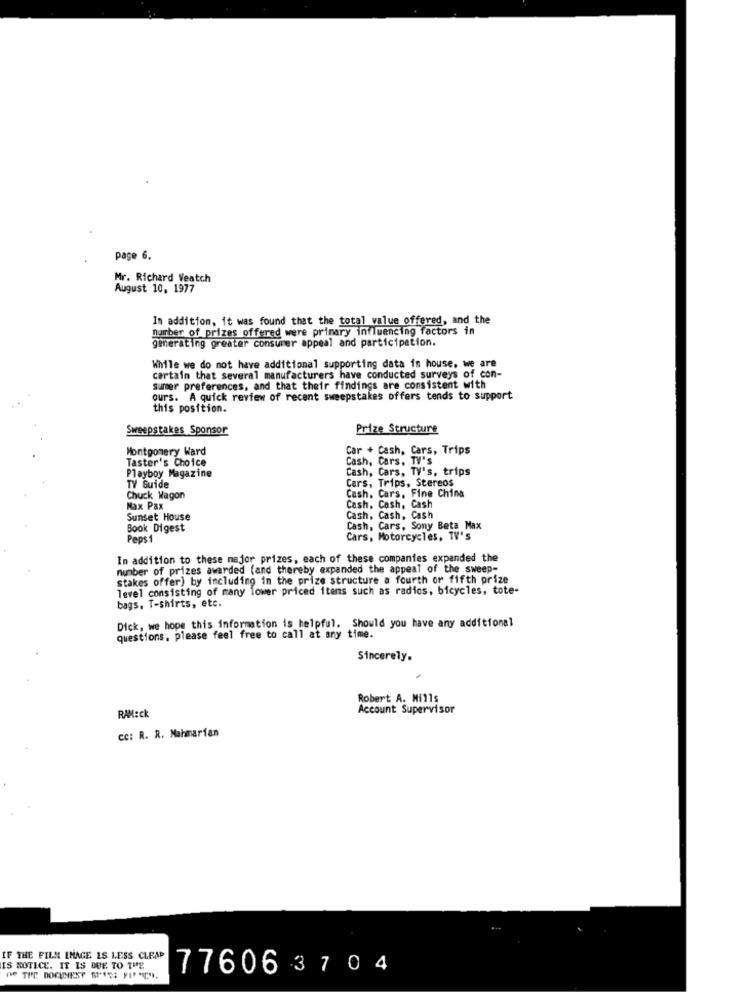
page 6.
Mr. Richard Veatch
August 10, 1977
In addition, it was found that the total value offered, and the
number of prizes offered were primary influencing factors in
generating greater consumer appeal and participation.
While we do not have additional supporting data in house. we are
certain that several manufacturers have conducted surveys of con-
sumer preferences, and that their findings are consistent with
ours. A quick review of recent sweepstakes offers tends to support
this position.
Sweepstakes Sponsor
Prize Structure
Montgomery Ward
Car + Cash, Cars, Trips
Taster's Choice
Cash, Cars, TV's
Cash, Cars, TV's, trips
Playboy Magazine
Cars, Trips, Stereos
TV Guide
Cash, Cars, Fine China
Chuck Wagon
Max Pax
Cash, Cash, Cash
Sunset House
Cash, Cash, Cash
Book Digest
Cash, Cars, Sony Beta Max
Peps 1
Cars, Motorcycles, TV's
In addition to these major prizes, each of these companies expanded the
number of prizes awarded (and thereby expanded the appeal of the sweep-
stakes offer) by including in the prize structure a fourth or fifth prize
level consisting of many lower priced itens such as radics, bicycles, tote-
bags, T-shirts, etc.
Dick, we hope this information is helpful. Should you have any additional
questions, please feel free to call at any time.
Sincerely.
Robert A. Mills
RAM:ck
Account Supervisor
cc: R. R. Mahmarfan
IF THE FILM IMAGE IS LESS CLEAP
IS NOTICE. IT IS DUE TO THE
776063704
OF THE DOCUNEST SI FIRCO.